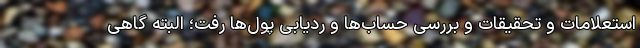
استعلامات و تحقیقات و بررسی حساب‌ها و ردیابی پول‌ها رفت؛ البته گاهی